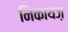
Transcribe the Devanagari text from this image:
निकायज़